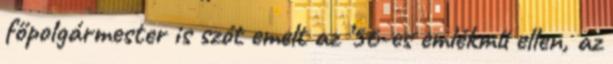
főpolgármester is szót emelt az ’56-es emlékmű ellen, az